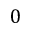
0